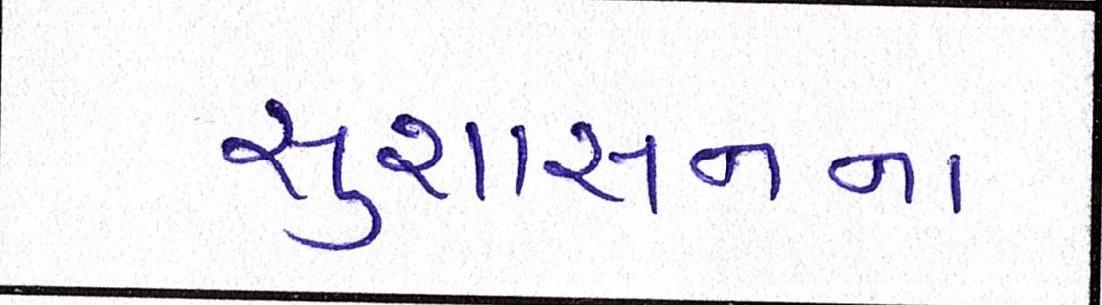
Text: સુશાસનના